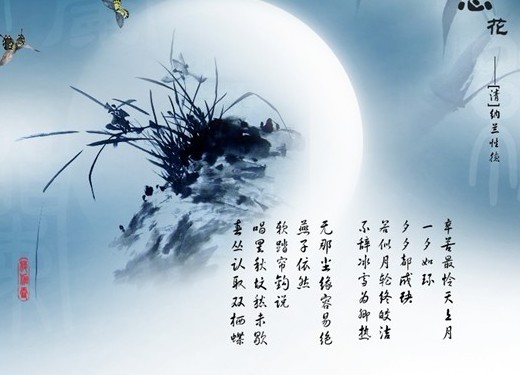
西风多少恨，吹不散眉弯。